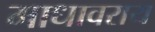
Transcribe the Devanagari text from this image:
माधावराय